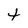
Character: t